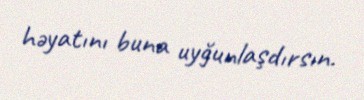
həyatını buna uyğunlaşdırsın.